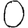
Digit: 0